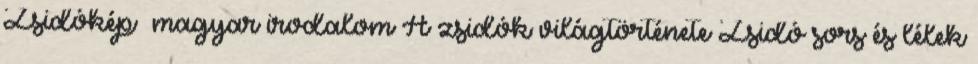
Zsidókép magyar irodalom A zsidók világtörténete Zsidó sors és lélek